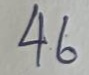
46